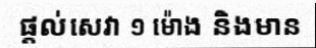
ផ្តល់សេវា ១ ម៉ោង និងមាន